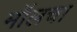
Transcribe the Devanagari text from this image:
मॉलचा